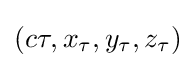
(c\tau ,x_{\tau },y_{\tau },z_{\tau })